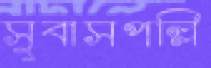
সুবাসপল্লি